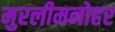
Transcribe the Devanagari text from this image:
मुरलीमनोहर